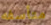
متأسفه